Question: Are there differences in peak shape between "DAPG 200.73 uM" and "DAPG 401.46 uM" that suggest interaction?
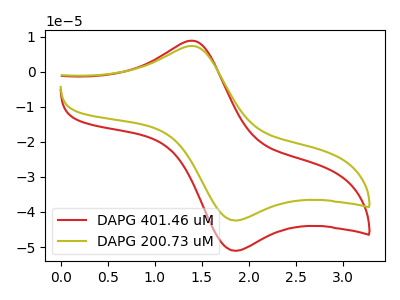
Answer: <think>The red curve "DAPG 401.46 uM" has an anodic peak at (1.40V, 8.80uA) and a cathodic peak at (1.85V, -51.05uA). The olive curve "DAPG 200.73 uM" has an anodic peak at (1.40V, 7.30uA) and a cathodic peak at (1.85V, -42.40uA).
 All the peaks in "DAPG 200.73 uM" have a peak in "DAPG 401.46 uM" at the same potential. Every peak in "DAPG 200.73 uM" is lower than every peak in "DAPG 401.46 uM".</think>
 <answer>No, "DAPG 200.73 uM" and "DAPG 401.46 uM" don't appear to be significantly different in shape</answer>
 <eval>no_change</eval>